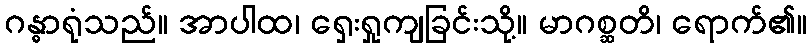
ဂန္ဓာရုံသည်။ အာပါထ၊ ရှေးရှုကျခြင်းသို့။ မာဂစ္ဆတိ၊ ရောက်၏။